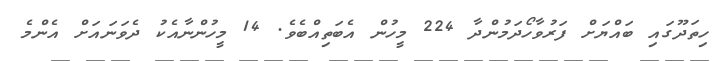
ހިތަދޫގައި ބައްޔަށް ފަރުވާހޯދަމުންދާ 224 މީހުން އެބަތިއްބެވެ. 14 މީހުންނާއެކު ދެވަނައަށް އެންމެ